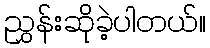
ညွှန်းဆိုခဲ့ပါတယ်။